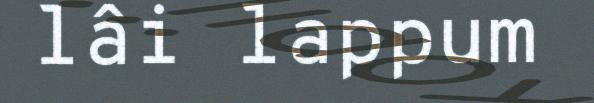
lâi lappum